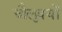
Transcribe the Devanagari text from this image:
चौलुक्यों